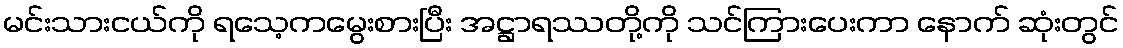
မင်းသားငယ်ကို ရသေ့ကမွေးစားပြီး အဋ္ဌာရဿတို့ကို သင်ကြားပေးကာ နောက် ဆုံးတွင်